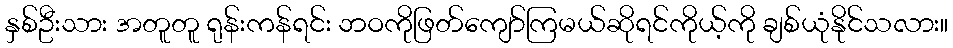
နှစ်ဦးသား အတူတူ ရုန်းကန်ရင်း ဘဝကိုဖြတ်ကျော်ကြမယ်ဆိုရင်ကိုယ့်ကို ချစ်ယုံနိုင်သလား။